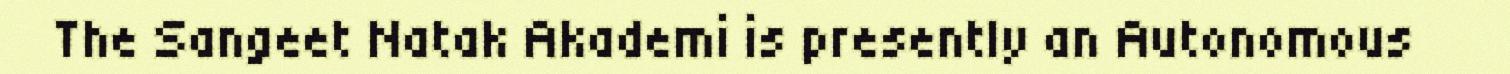
The Sangeet Natak Akademi is presently an Autonomous